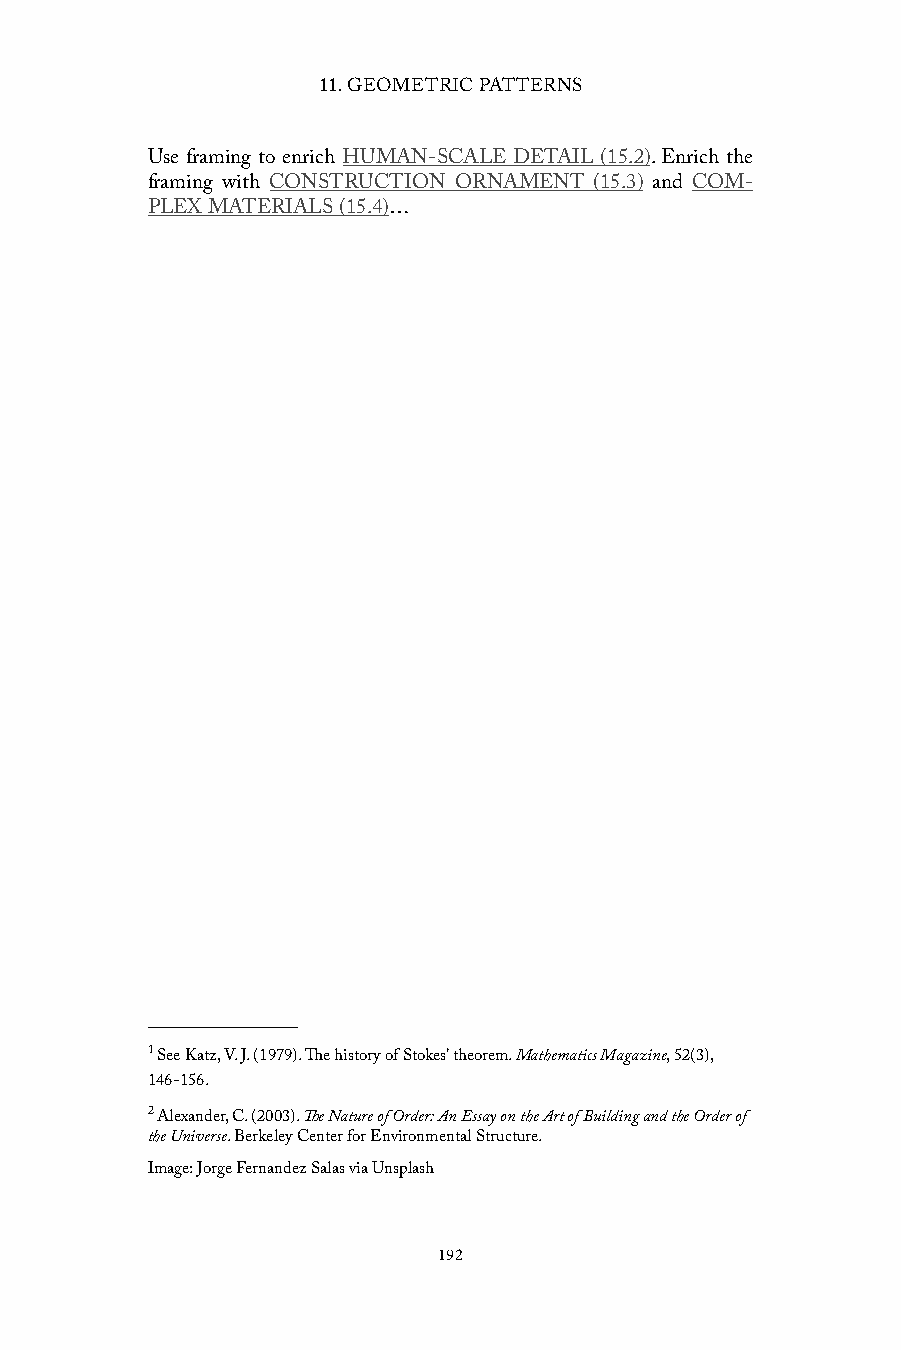
11. GEOMETRIC PATTERNS
 Use framing to enrich HUMAN-SCALE DETAIL (15.2). Enrich the
 framing with CONSTRUCTION ORNAMENT (15.3) and COM-
 PLEX MATERIALS (15.4)…
 1 See Katz, V. J. (1979). The history of Stokes’ theorem. Mathematics Magazine, 52(3),
 146-156.
 2 Alexander, C. (2003). The Nature of Order: An Essay on the Art of Building and the Order of
 the Universe. Berkeley Center for Environmental Structure.
 Image: Jorge Fernandez Salas via Unsplash
 192